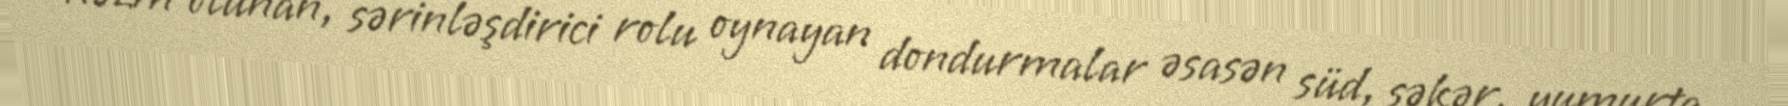
həzm olunan, sərinləşdirici rolu oynayan dondurmalar əsasən süd, şəkər, yumurta,